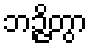
ဘဉ္ဇိတွာ